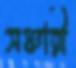
সঞ্চারী